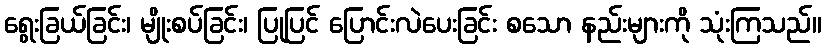
ရွေးခြယ်ခြင်း၊ မျိုးစပ်ခြင်း၊ ပြုပြင် ပြောင်းလဲပေးခြင်း စသော နည်းများကို သုံးကြသည်။